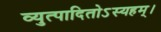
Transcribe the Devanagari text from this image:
व्युत्पादितोऽस्यहम्‌।